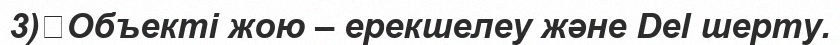
3)	Объекті жою – ерекшелеу және Del шерту.